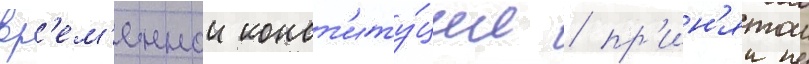
вр'ем'еннои конст'иту́ции / пр'ин'ятои